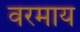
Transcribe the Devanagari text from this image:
वरमाय